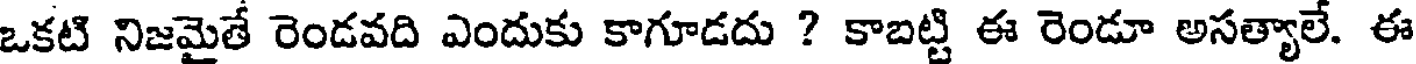
ఒకటి నిజమైతే రెండవది ఎందుకు కాగూడదు ? కాబట్టి ఈ రెండూ అసత్యాలే. ఈ